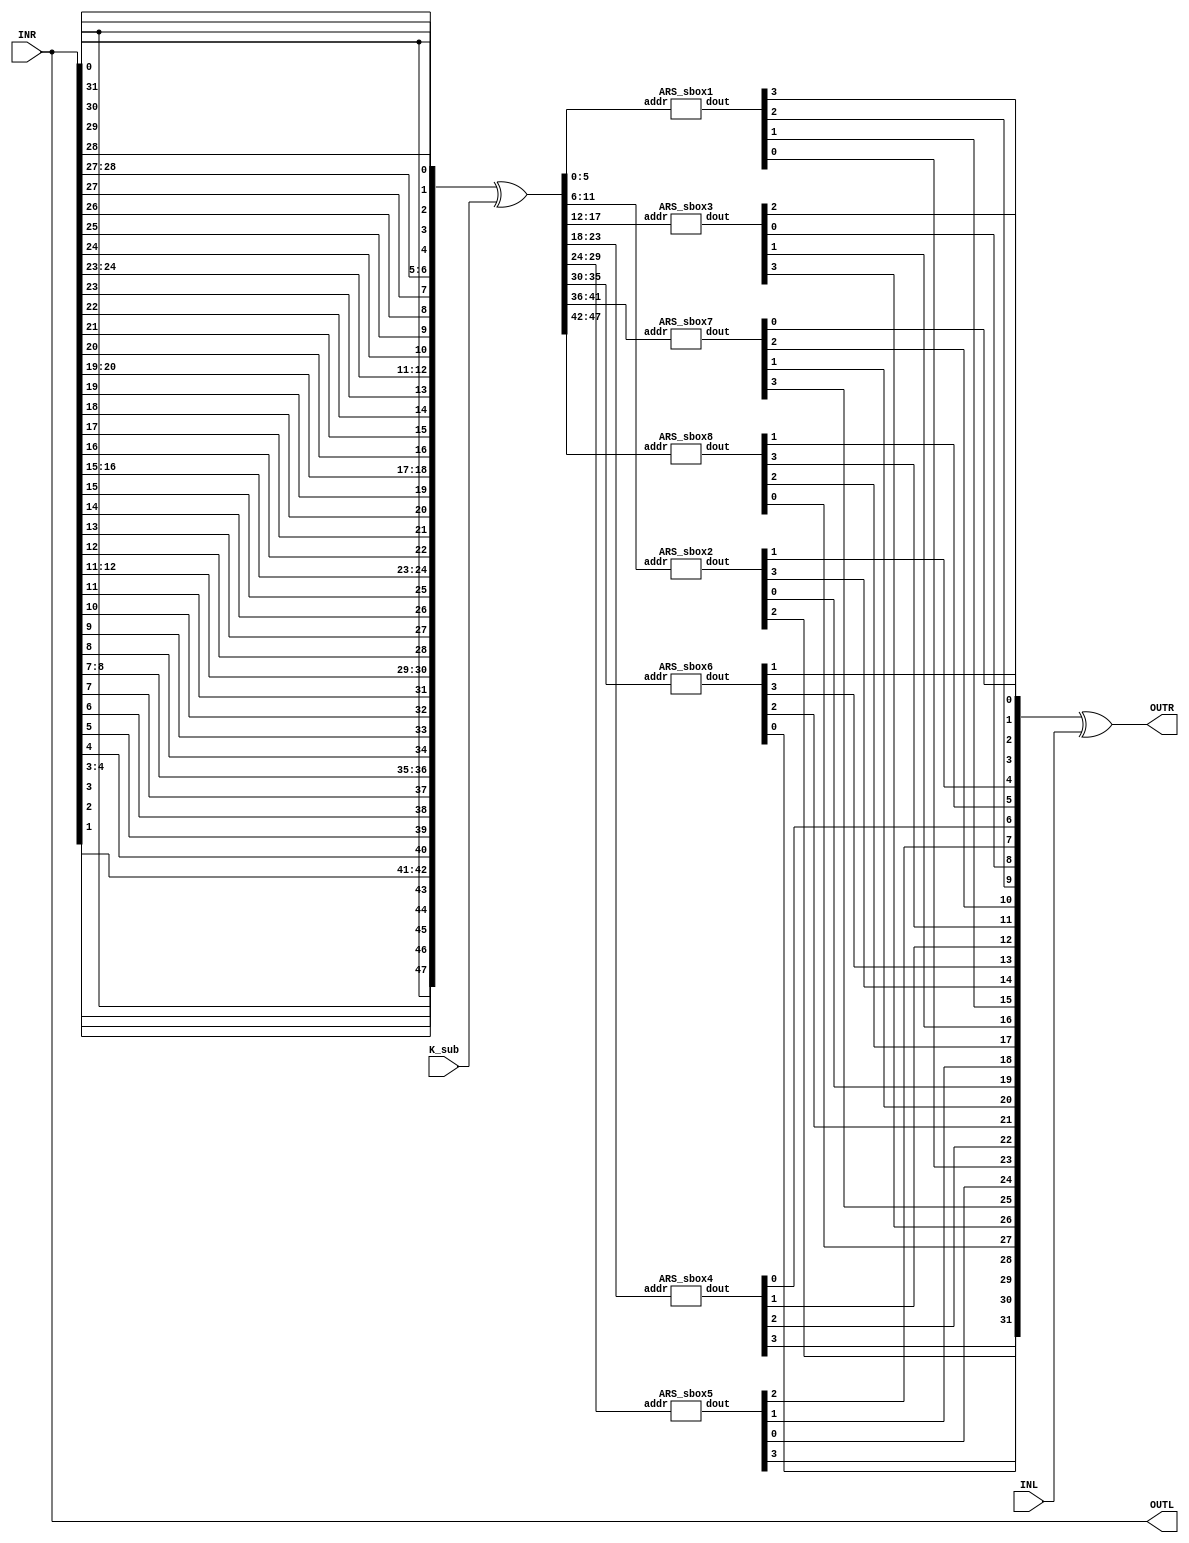
`timescale 1ns / 1ps
/**
* F function of DES
*/
module ARS_ENDEcrp (
    OUTR,  // Right-half output
    OUTL,  // Left-half output
    INR,  // Right-half input
    INL,  // Left-half input
    K_sub  //Subkey
);
  output [32:1] OUTR, OUTL;
  input [32:1] INR, INL;
  input [48:1] K_sub;

  wire [48:1] E;
  wire [48:1] X;
  wire [48:1] S;

  /**
  * Expansion function (E table)
  * expand 32-bit input to 48-bit output
  */
  assign E[48:1] = {
    INR[32],
    INR[1],
    INR[2],
    INR[3],
    INR[4],
    INR[5],
    INR[4],
    INR[5],
    INR[6],
    INR[7],
    INR[8],
    INR[9],
    INR[8],
    INR[9],
    INR[10],
    INR[11],
    INR[12],
    INR[13],
    INR[12],
    INR[13],
    INR[14],
    INR[15],
    INR[16],
    INR[17],
    INR[16],
    INR[17],
    INR[18],
    INR[19],
    INR[20],
    INR[21],
    INR[20],
    INR[21],
    INR[22],
    INR[23],
    INR[24],
    INR[25],
    INR[24],
    INR[25],
    INR[26],
    INR[27],
    INR[28],
    INR[29],
    INR[28],
    INR[29],
    INR[30],
    INR[31],
    INR[32],
    INR[1]
  };

  // xor expanded input with subkey
  assign X = E ^ K_sub;

  // Substitution function (S box)
  // 48-bit input is divided into 8 6-bit blocks
  // each block is substituted using a different S box
  // resulting in 8 4-bit blocks, back into a 32-bit block
  ARS_sbox1 u0 (
      .addr(X[06:01]),
      .dout(S[04:01])
  );
  ARS_sbox2 u1 (
      .addr(X[12:07]),
      .dout(S[08:05])
  );
  ARS_sbox3 u2 (
      .addr(X[18:13]),
      .dout(S[12:09])
  );
  ARS_sbox4 u3 (
      .addr(X[24:19]),
      .dout(S[16:13])
  );
  ARS_sbox5 u4 (
      .addr(X[30:25]),
      .dout(S[20:17])
  );
  ARS_sbox6 u5 (
      .addr(X[36:31]),
      .dout(S[24:21])
  );
  ARS_sbox7 u6 (
      .addr(X[42:37]),
      .dout(S[28:25])
  );
  ARS_sbox8 u7 (
      .addr(X[48:43]),
      .dout(S[32:29])
  );

  // Permutation function (P box)
  assign OUTR = {
    S[16], S[7], S[20], S[21], S[29], S[12], S[28],
    S[17], S[1], S[15], S[23], S[26], S[5], S[18],
    S[31], S[10], S[2], S[8], S[24], S[14], S[32],
    S[27], S[3], S[9], S[19], S[13], S[30], S[6],
    S[22], S[11], S[4], S[25]}^ INL;

  assign OUTL = INR;


endmodule

`timescale 1ns / 1ps
module ARS_sbox1 (
    addr,
    dout
);
  input [6:1] addr;
  output [4:1] dout;
  reg [4:1] dout;

  always @(addr) begin
    case ({
      addr[6], addr[1], addr[5:2]
    })

      0:  dout = 14;
      1:  dout = 4;
      2:  dout = 13;
      3:  dout = 1;
      4:  dout = 2;
      5:  dout = 15;
      6:  dout = 11;
      7:  dout = 8;
      8:  dout = 3;
      9:  dout = 10;
      10: dout = 6;
      11: dout = 12;
      12: dout = 5;
      13: dout = 9;
      14: dout = 0;
      15: dout = 7;
      16: dout = 0;
      17: dout = 15;
      18: dout = 7;
      19: dout = 4;
      20: dout = 14;
      21: dout = 2;
      22: dout = 13;
      23: dout = 1;
      24: dout = 10;
      25: dout = 6;
      26: dout = 12;
      27: dout = 11;
      28: dout = 9;
      29: dout = 5;
      30: dout = 3;
      31: dout = 8;
      32: dout = 4;
      33: dout = 1;
      34: dout = 14;
      35: dout = 8;
      36: dout = 13;
      37: dout = 6;
      38: dout = 2;
      39: dout = 11;
      40: dout = 15;
      41: dout = 12;
      42: dout = 9;
      43: dout = 7;
      44: dout = 3;
      45: dout = 10;
      46: dout = 5;
      47: dout = 0;
      48: dout = 15;
      49: dout = 12;
      50: dout = 8;
      51: dout = 2;
      52: dout = 4;
      53: dout = 9;
      54: dout = 1;
      55: dout = 7;
      56: dout = 5;
      57: dout = 11;
      58: dout = 3;
      59: dout = 14;
      60: dout = 10;
      61: dout = 0;
      62: dout = 6;
      63: dout = 13;

    endcase
  end


endmodule





module ARS_sbox2 (
    addr,
    dout
);
  input [6:1] addr;
  output [4:1] dout;
  reg [4:1] dout;

  always @(addr) begin
    case ({
      addr[6], addr[1], addr[5:2]
    })

      0:  dout = 15;
      1:  dout = 1;
      2:  dout = 8;
      3:  dout = 14;
      4:  dout = 6;
      5:  dout = 11;
      6:  dout = 3;
      7:  dout = 4;
      8:  dout = 9;
      9:  dout = 7;
      10: dout = 2;
      11: dout = 13;
      12: dout = 12;
      13: dout = 0;
      14: dout = 5;
      15: dout = 10;
      16: dout = 3;
      17: dout = 13;
      18: dout = 4;
      19: dout = 7;
      20: dout = 15;
      21: dout = 2;
      22: dout = 8;
      23: dout = 14;
      24: dout = 12;
      25: dout = 0;
      26: dout = 1;
      27: dout = 10;
      28: dout = 6;
      29: dout = 9;
      30: dout = 11;
      31: dout = 5;
      32: dout = 0;
      33: dout = 14;
      34: dout = 7;
      35: dout = 11;
      36: dout = 10;
      37: dout = 4;
      38: dout = 13;
      39: dout = 1;
      40: dout = 5;
      41: dout = 8;
      42: dout = 12;
      43: dout = 6;
      44: dout = 9;
      45: dout = 3;
      46: dout = 2;
      47: dout = 15;
      48: dout = 13;
      49: dout = 8;
      50: dout = 10;
      51: dout = 1;
      52: dout = 3;
      53: dout = 15;
      54: dout = 4;
      55: dout = 2;
      56: dout = 11;
      57: dout = 6;
      58: dout = 7;
      59: dout = 12;
      60: dout = 0;
      61: dout = 5;
      62: dout = 14;
      63: dout = 9;

    endcase
  end


endmodule




module ARS_sbox3 (
    addr,
    dout
);
  input [6:1] addr;
  output [4:1] dout;
  reg [4:1] dout;

  always @(addr) begin
    case ({
      addr[6], addr[1], addr[5:2]
    })

      0:  dout = 10;
      1:  dout = 0;
      2:  dout = 9;
      3:  dout = 14;
      4:  dout = 6;
      5:  dout = 3;
      6:  dout = 15;
      7:  dout = 5;
      8:  dout = 1;
      9:  dout = 13;
      10: dout = 12;
      11: dout = 7;
      12: dout = 11;
      13: dout = 4;
      14: dout = 2;
      15: dout = 8;
      16: dout = 13;
      17: dout = 7;
      18: dout = 0;
      19: dout = 9;
      20: dout = 3;
      21: dout = 4;
      22: dout = 6;
      23: dout = 10;
      24: dout = 2;
      25: dout = 8;
      26: dout = 5;
      27: dout = 14;
      28: dout = 12;
      29: dout = 11;
      30: dout = 15;
      31: dout = 1;
      32: dout = 13;
      33: dout = 6;
      34: dout = 4;
      35: dout = 9;
      36: dout = 8;
      37: dout = 15;
      38: dout = 3;
      39: dout = 0;
      40: dout = 11;
      41: dout = 1;
      42: dout = 2;
      43: dout = 12;
      44: dout = 5;
      45: dout = 10;
      46: dout = 14;
      47: dout = 7;
      48: dout = 1;
      49: dout = 10;
      50: dout = 13;
      51: dout = 0;
      52: dout = 6;
      53: dout = 9;
      54: dout = 8;
      55: dout = 7;
      56: dout = 4;
      57: dout = 15;
      58: dout = 14;
      59: dout = 3;
      60: dout = 11;
      61: dout = 5;
      62: dout = 2;
      63: dout = 12;

    endcase
  end


endmodule






module ARS_sbox4 (
    addr,
    dout
);
  input [6:1] addr;
  output [4:1] dout;
  reg [4:1] dout;

  always @(addr) begin
    case ({
      addr[6], addr[1], addr[5:2]
    })

      0:  dout = 7;
      1:  dout = 13;
      2:  dout = 14;
      3:  dout = 3;
      4:  dout = 0;
      5:  dout = 6;
      6:  dout = 9;
      7:  dout = 10;
      8:  dout = 1;
      9:  dout = 2;
      10: dout = 8;
      11: dout = 5;
      12: dout = 11;
      13: dout = 12;
      14: dout = 4;
      15: dout = 15;
      16: dout = 13;
      17: dout = 8;
      18: dout = 11;
      19: dout = 5;
      20: dout = 6;
      21: dout = 15;
      22: dout = 0;
      23: dout = 3;
      24: dout = 4;
      25: dout = 7;
      26: dout = 2;
      27: dout = 12;
      28: dout = 1;
      29: dout = 10;
      30: dout = 14;
      31: dout = 9;
      32: dout = 10;
      33: dout = 6;
      34: dout = 9;
      35: dout = 0;
      36: dout = 12;
      37: dout = 11;
      38: dout = 7;
      39: dout = 13;
      40: dout = 15;
      41: dout = 1;
      42: dout = 3;
      43: dout = 14;
      44: dout = 5;
      45: dout = 2;
      46: dout = 8;
      47: dout = 4;
      48: dout = 3;
      49: dout = 15;
      50: dout = 0;
      51: dout = 6;
      52: dout = 10;
      53: dout = 1;
      54: dout = 13;
      55: dout = 8;
      56: dout = 9;
      57: dout = 4;
      58: dout = 5;
      59: dout = 11;
      60: dout = 12;
      61: dout = 7;
      62: dout = 2;
      63: dout = 14;

    endcase
  end



endmodule





module ARS_sbox5 (
    addr,
    dout
);
  input [6:1] addr;
  output [4:1] dout;
  reg [4:1] dout;

  always @(addr) begin
    case ({
      addr[6], addr[1], addr[5:2]
    })

      0:  dout = 2;
      1:  dout = 12;
      2:  dout = 4;
      3:  dout = 1;
      4:  dout = 7;
      5:  dout = 10;
      6:  dout = 11;
      7:  dout = 6;
      8:  dout = 8;
      9:  dout = 5;
      10: dout = 3;
      11: dout = 15;
      12: dout = 13;
      13: dout = 0;
      14: dout = 14;
      15: dout = 9;
      16: dout = 14;
      17: dout = 11;
      18: dout = 2;
      19: dout = 12;
      20: dout = 4;
      21: dout = 7;
      22: dout = 13;
      23: dout = 1;
      24: dout = 5;
      25: dout = 0;
      26: dout = 15;
      27: dout = 10;
      28: dout = 3;
      29: dout = 9;
      30: dout = 8;
      31: dout = 6;
      32: dout = 4;
      33: dout = 2;
      34: dout = 1;
      35: dout = 11;
      36: dout = 10;
      37: dout = 13;
      38: dout = 7;
      39: dout = 8;
      40: dout = 15;
      41: dout = 9;
      42: dout = 12;
      43: dout = 5;
      44: dout = 6;
      45: dout = 3;
      46: dout = 0;
      47: dout = 14;
      48: dout = 11;
      49: dout = 8;
      50: dout = 12;
      51: dout = 7;
      52: dout = 1;
      53: dout = 14;
      54: dout = 2;
      55: dout = 13;
      56: dout = 6;
      57: dout = 15;
      58: dout = 0;
      59: dout = 9;
      60: dout = 10;
      61: dout = 4;
      62: dout = 5;
      63: dout = 3;

    endcase
  end


endmodule




module ARS_sbox6 (
    addr,
    dout
);
  input [6:1] addr;
  output [4:1] dout;
  reg [4:1] dout;

  always @(addr) begin
    case ({
      addr[6], addr[1], addr[5:2]
    })

      0:  dout = 12;
      1:  dout = 1;
      2:  dout = 10;
      3:  dout = 15;
      4:  dout = 9;
      5:  dout = 2;
      6:  dout = 6;
      7:  dout = 8;
      8:  dout = 0;
      9:  dout = 13;
      10: dout = 3;
      11: dout = 4;
      12: dout = 14;
      13: dout = 7;
      14: dout = 5;
      15: dout = 11;
      16: dout = 10;
      17: dout = 15;
      18: dout = 4;
      19: dout = 2;
      20: dout = 7;
      21: dout = 12;
      22: dout = 9;
      23: dout = 5;
      24: dout = 6;
      25: dout = 1;
      26: dout = 13;
      27: dout = 14;
      28: dout = 0;
      29: dout = 11;
      30: dout = 3;
      31: dout = 8;
      32: dout = 9;
      33: dout = 14;
      34: dout = 15;
      35: dout = 5;
      36: dout = 2;
      37: dout = 8;
      38: dout = 12;
      39: dout = 3;
      40: dout = 7;
      41: dout = 0;
      42: dout = 4;
      43: dout = 10;
      44: dout = 1;
      45: dout = 13;
      46: dout = 11;
      47: dout = 6;
      48: dout = 4;
      49: dout = 3;
      50: dout = 2;
      51: dout = 12;
      52: dout = 9;
      53: dout = 5;
      54: dout = 15;
      55: dout = 10;
      56: dout = 11;
      57: dout = 14;
      58: dout = 1;
      59: dout = 7;
      60: dout = 6;
      61: dout = 0;
      62: dout = 8;
      63: dout = 13;

    endcase
  end



endmodule



module ARS_sbox7 (
    addr,
    dout
);
  input [6:1] addr;
  output [4:1] dout;
  reg [4:1] dout;

  always @(addr) begin
    case ({
      addr[6], addr[1], addr[5:2]
    })

      0:  dout = 4;
      1:  dout = 11;
      2:  dout = 2;
      3:  dout = 14;
      4:  dout = 15;
      5:  dout = 0;
      6:  dout = 8;
      7:  dout = 13;
      8:  dout = 3;
      9:  dout = 12;
      10: dout = 9;
      11: dout = 7;
      12: dout = 5;
      13: dout = 10;
      14: dout = 6;
      15: dout = 1;
      16: dout = 13;
      17: dout = 0;
      18: dout = 11;
      19: dout = 7;
      20: dout = 4;
      21: dout = 9;
      22: dout = 1;
      23: dout = 10;
      24: dout = 14;
      25: dout = 3;
      26: dout = 5;
      27: dout = 12;
      28: dout = 2;
      29: dout = 15;
      30: dout = 8;
      31: dout = 6;
      32: dout = 1;
      33: dout = 4;
      34: dout = 11;
      35: dout = 13;
      36: dout = 12;
      37: dout = 3;
      38: dout = 7;
      39: dout = 14;
      40: dout = 10;
      41: dout = 15;
      42: dout = 6;
      43: dout = 8;
      44: dout = 0;
      45: dout = 5;
      46: dout = 9;
      47: dout = 2;
      48: dout = 6;
      49: dout = 11;
      50: dout = 13;
      51: dout = 8;
      52: dout = 1;
      53: dout = 4;
      54: dout = 10;
      55: dout = 7;
      56: dout = 9;
      57: dout = 5;
      58: dout = 0;
      59: dout = 15;
      60: dout = 14;
      61: dout = 2;
      62: dout = 3;
      63: dout = 12;


    endcase
  end


endmodule



module ARS_sbox8 (
    addr,
    dout
);
  input [6:1] addr;
  output [4:1] dout;
  reg [4:1] dout;

  always @(addr) begin
    case ({
      addr[6], addr[1], addr[5:2]
    })

      0:  dout = 13;
      1:  dout = 2;
      2:  dout = 8;
      3:  dout = 4;
      4:  dout = 6;
      5:  dout = 15;
      6:  dout = 11;
      7:  dout = 1;
      8:  dout = 10;
      9:  dout = 9;
      10: dout = 3;
      11: dout = 14;
      12: dout = 5;
      13: dout = 0;
      14: dout = 12;
      15: dout = 7;
      16: dout = 1;
      17: dout = 15;
      18: dout = 13;
      19: dout = 8;
      20: dout = 10;
      21: dout = 3;
      22: dout = 7;
      23: dout = 4;
      24: dout = 12;
      25: dout = 5;
      26: dout = 6;
      27: dout = 11;
      28: dout = 0;
      29: dout = 14;
      30: dout = 9;
      31: dout = 2;
      32: dout = 7;
      33: dout = 11;
      34: dout = 4;
      35: dout = 1;
      36: dout = 9;
      37: dout = 12;
      38: dout = 14;
      39: dout = 2;
      40: dout = 0;
      41: dout = 6;
      42: dout = 10;
      43: dout = 13;
      44: dout = 15;
      45: dout = 3;
      46: dout = 5;
      47: dout = 8;
      48: dout = 2;
      49: dout = 1;
      50: dout = 14;
      51: dout = 7;
      52: dout = 4;
      53: dout = 10;
      54: dout = 8;
      55: dout = 13;
      56: dout = 15;
      57: dout = 12;
      58: dout = 9;
      59: dout = 0;
      60: dout = 3;
      61: dout = 5;
      62: dout = 6;
      63: dout = 11;

    endcase
  end


endmodule